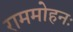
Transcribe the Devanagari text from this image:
राममोहनः